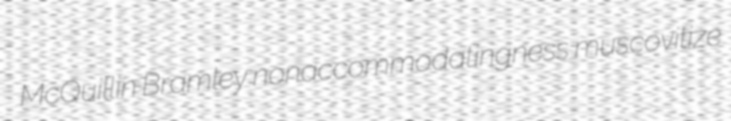
McQuillin Bramley nonaccommodatingness muscovitize